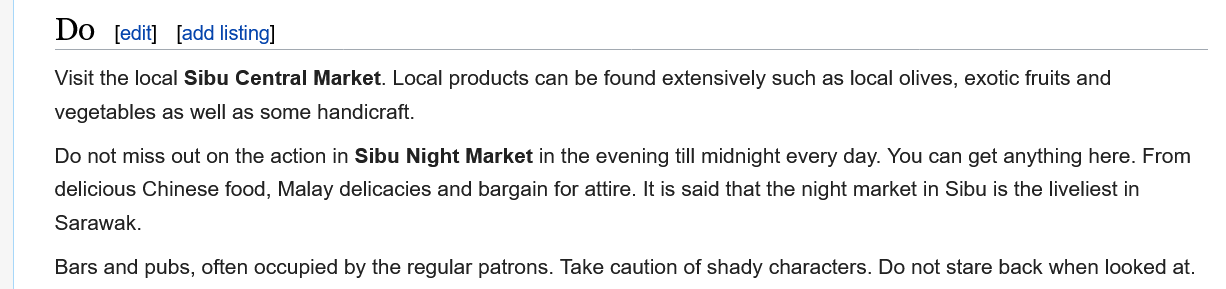
Do not miss out on the action in Sibu Night Market in the evening till midnight every day. You can get anything here. From
     delicious Chinese food, Malay delicacies and bargain for attire. It is said that the night market in Sibu is the liveliest in
     Sarawak.
     [edit] [add listing]
     Visit the local Sibu Central Market. Local products can be found extensively such as local olives, exotic fruits and
     vegetables as well as some handicraft.
     Bars and pubs, often occupied by the regular patrons. Take caution of shady characters. Do not stare back when looked at.